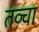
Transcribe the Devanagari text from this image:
तव्चा